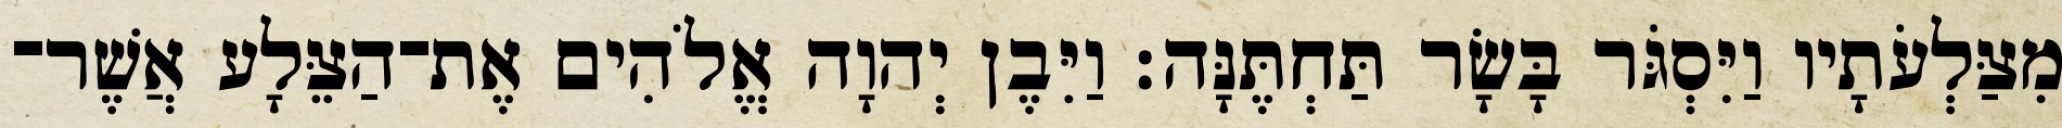
מִצַּלְעֹתָיו וַיִּסְגֹּר בָּשָׂר תַּחְתֶּנָּה׃ וַיִּבֶן יְהוָה אֱלֹהִים אֶת־הַצֵּלָע אֲשֶׁר־